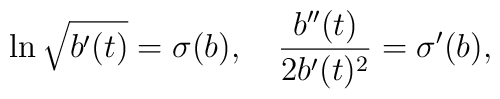
\ln \sqrt{b'(t)}=\sigma(b),~~~\frac{b''(t)}{2b'(t)^2}=\sigma'(b),